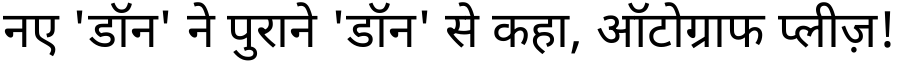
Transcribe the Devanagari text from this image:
नए 'डॉन' ने पुराने 'डॉन' से कहा, ऑटोग्राफ प्लीज़!